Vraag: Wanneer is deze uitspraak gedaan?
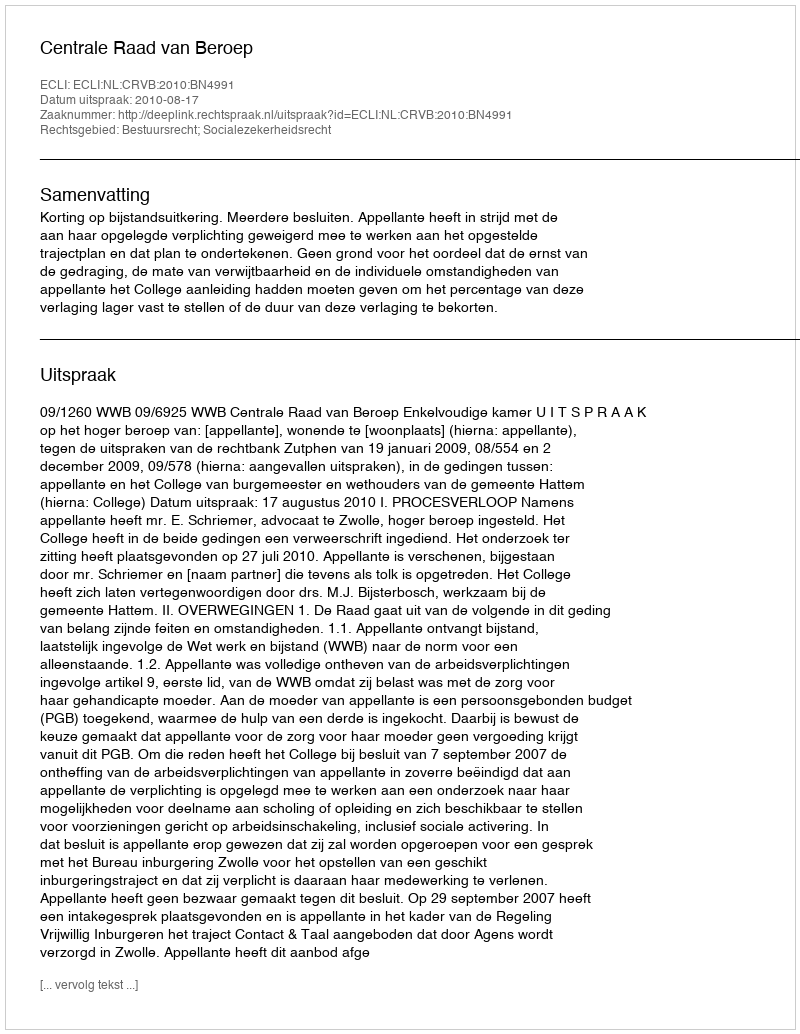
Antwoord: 2010-08-17